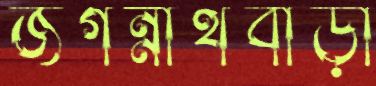
জগন্নাথবাড়ী